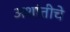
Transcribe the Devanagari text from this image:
अशांतीचे